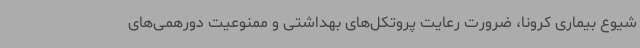
شیوع بیماری کرونا، ضرورت رعایت پروتکل‌های بهداشتی و ممنوعیت دورهمی‌های